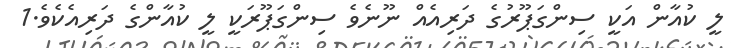
ލީ ކުއާން އަކީ ސިންގަޕޫރުގެ ދަރިއެއް ނޫނެވެ ސިންގަޕޫރަކީ ލީ ކުއާންގެ ދަރިއެކެވެ.1